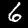
Label: 6